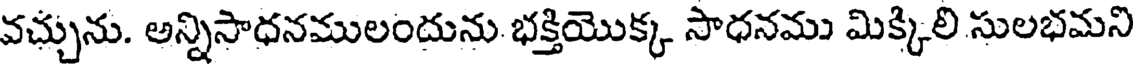
వచ్చును. అన్నిసాధనములందును భక్తియొక్క సాధనము మిక్కిలి సులభమని